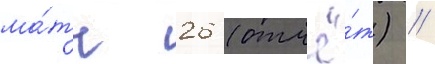
ма́тч 26 (отчё́т) //